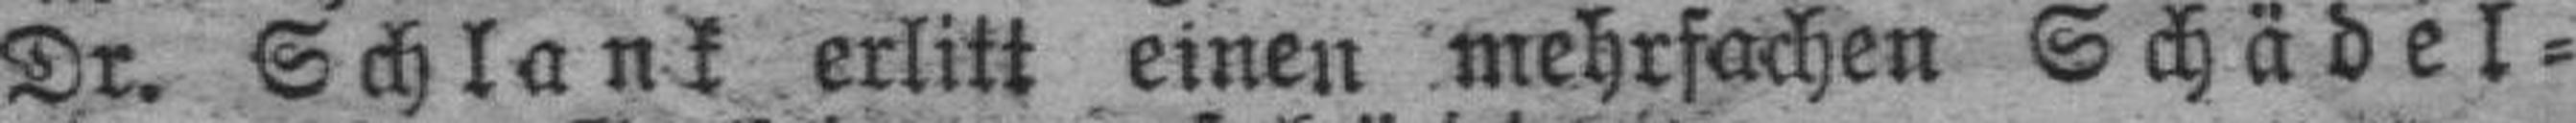
Dr. Schlank erlitt einen mehrfachen Schädel¬